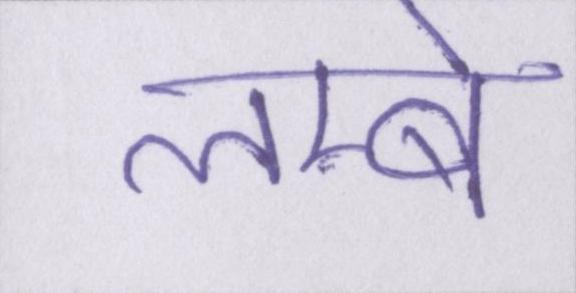
लम्बे